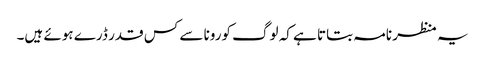
یہ منظر نامہ بتاتا ہے کہ لوگ کورونا سے کس قدر ڈرے ہوئے ہیں۔